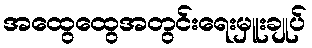
အထွေထွေအတွင်းရေးမှူးချုပ်